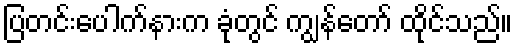
ပြတင်းပေါက်နားက ခုံတွင် ကျွန်တော် ထိုင်သည်။